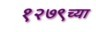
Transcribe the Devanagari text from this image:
१२७९च्या